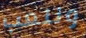
ونلعب